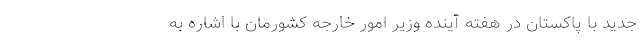
جدید با پاکستان در هفته آینده وزیر امور خارجه کشورمان با اشاره به